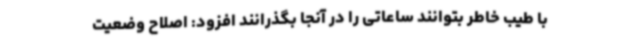
با طیب خاطر بتوانند ساعاتی را در آنجا بگذرانند افزود: اصلاح وضعیت